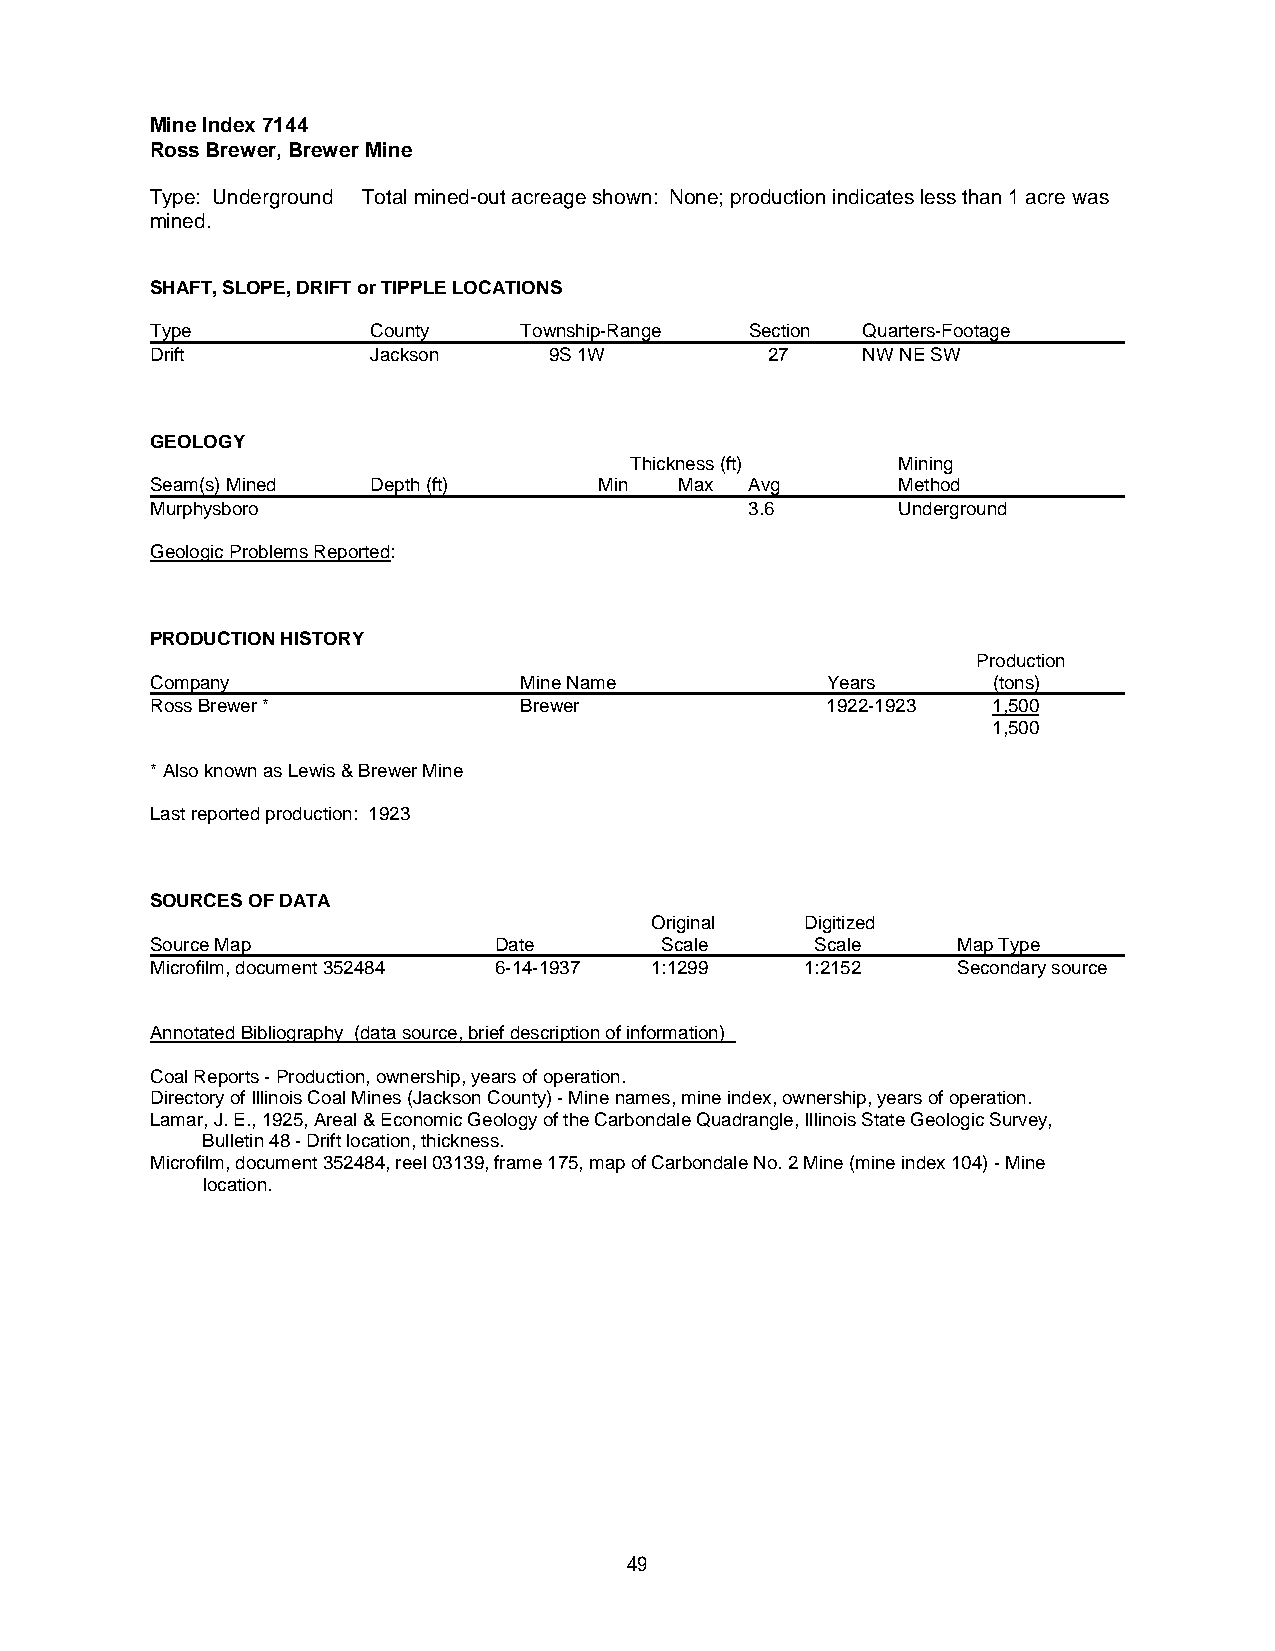
Mine Index 7144
 Ross Brewer, Brewer Mine
 Type: Underground Total mined-out acreage shown: None; production indicates less than 1 acre was
 mined.
 SHAFT, SLOPE, DRIFT or TIPPLE LOCATIONS
 Type           County   Township-Range  Section Quarters-Footage
 Drift          Jackson    9S 1W          27    NW NE SW
 GEOLOGY
 Thickness (ft)   Mining
 Seam(s) Mined  Depth (ft)     Min  Max  Avg      Method
 Murphysboro                             3.6      Underground
 Geologic Problems Reported:
 PRODUCTION HISTORY
 Production
 Company                 Mine Name            Years      (tons)
 Ross Brewer *           Brewer               1922-1923  1,500
 1,500
 * Also known as Lewis & Brewer Mine
 Last reported production: 1923
 SOURCES OF DATA
 Original  Digitized
 Source Map             Date       Scale     Scale    Map Type
 Microfilm, document 352484 6-14-1937 1:1299 1:2152   Secondary source
 Annotated Bibliography (data source, brief description of information)
 Coal Reports - Production, ownership, years of operation.
 Directory of Illinois Coal Mines (Jackson County) - Mine names, mine index, ownership, years of operation.
 Lamar, J. E., 1925, Areal & Economic Geology of the Carbondale Quadrangle, Illinois State Geologic Survey,
 Bulletin 48 - Drift location, thickness.
 Microfilm, document 352484, reel 03139, frame 175, map of Carbondale No. 2 Mine (mine index 104) - Mine
 location.
 49